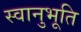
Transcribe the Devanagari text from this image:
स्‍वानुभूति